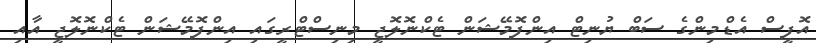
އޮފީސް އެޑްމިންގެ ސަބް ޔުނިޓް އިންފޮމޭޝަން ޓެކްނޮލޮޖީ މިނިސްޓްރީގައި އިންފޮމޭޝަން ޓެކްނޮލޮޖީ އާއި